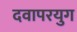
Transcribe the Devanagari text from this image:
दवापरयुग